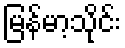
မြန်မာ့သိုင်း